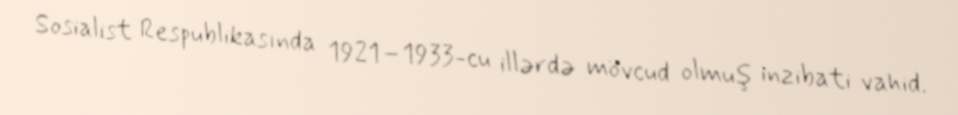
Sosialist Respublikasında 1921–1933-cu illərdə mövcud olmuş inzibati vahid.